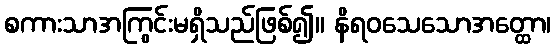
စကားသာအကြွင်းမရှိသည်ဖြစ်၍။ နိရဝသေသောအတ္ထော၊